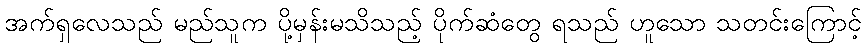
အက်ရှလေသည် မည်သူက ပို့မှန်းမသိသည့် ပိုက်ဆံတွေ ရသည် ဟူသော သတင်းကြောင့်